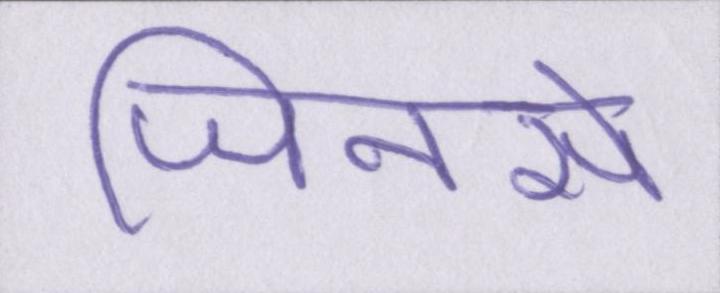
जिनसे